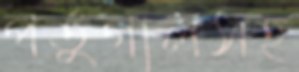
পর্তুগালসহ